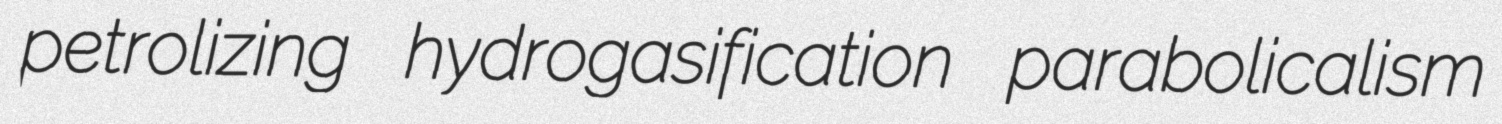
petrolizing hydrogasification parabolicalism